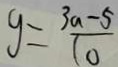
y = \frac { 3 a - 5 } { 1 0 }